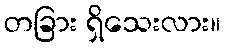
တခြား ရှိသေးလား။